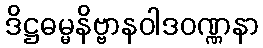
ဒိဋ္ဌဓမ္မနိဗ္ဗာနဝါဒဝဏ္ဏနာ